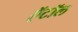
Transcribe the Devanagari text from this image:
ऍटॉल